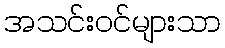
အသင်းဝင်များသာ